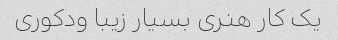
یک کار هنری بسیار زیبا ودکوری